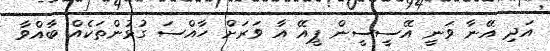
އަދި އޭނާ ވަނީ އޭސީސީން ޕީއޭ އާ ވަރަށް ހާއްސަ ގުޅުންތަކެއް ބާއްވާ